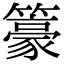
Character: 籇